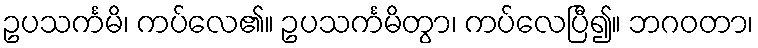
ဥပသင်္ကမိ၊ ကပ်လေ၏။ ဥပသင်္ကမိတွာ၊ ကပ်လေပြီ၍။ ဘဂဝတာ၊